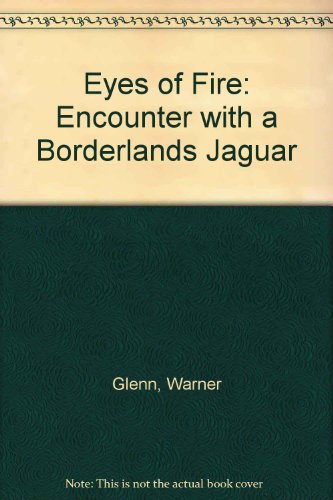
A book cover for Eyes of Fire: Encounter With a Borderlands Jaguar; Warner Glenn; Sports & Outdoors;